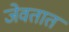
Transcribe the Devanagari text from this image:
जेवतात